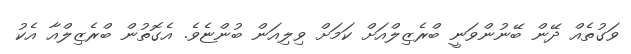
ވަގުތެއް ދޭން ބޭނުންވަނީ ބްރެޒިލްއަށް ކަމަށް ވިލިއަން ބުންޏެވެ. އެގޮތުން ބްރެޒިލްއާ އެކު